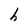
Character: h